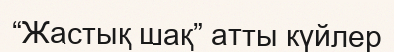
“Жастық шақ” атты күйлер